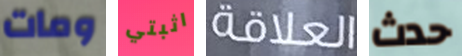
ومات اثبتي العلاقة حدث